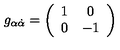
g _ { \alpha { \dot { \alpha } } } = \left( \begin{array} { c c } { 1 } & { 0 } \\ { 0 } & { - 1 } \\ \end{array} \right)